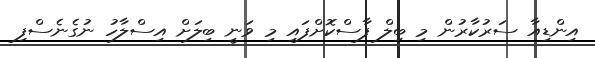
އިންޑިއާ ސަރުކާރުން މި ބިލް ފާސްކޮށްފައި މި ވަނީ ބިލަށް އިސްލާހު ނުގެނެސްފި